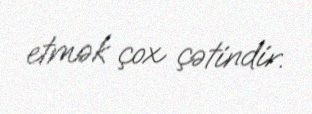
etmək çox çətindir.